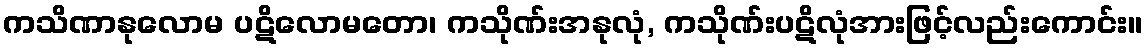
ကသိဏာနုလောမ ပဋိလောမတော၊ ကသိုဏ်းအနုလုံ, ကသိုဏ်းပဋိလုံအားဖြင့်လည်းကောင်း။